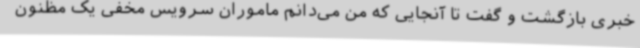
خبری بازگشت و گفت تا آنجایی که من می‌دانم ماموران سرویس مخفی یک مظنون